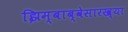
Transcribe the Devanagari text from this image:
झिम्बाब्वेसारख्या